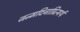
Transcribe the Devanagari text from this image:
जन्मदिनाप्रित्यर्थ